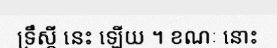
ទ្រឹស្តី នេះ ឡើយ ។ ខណៈ នោះ